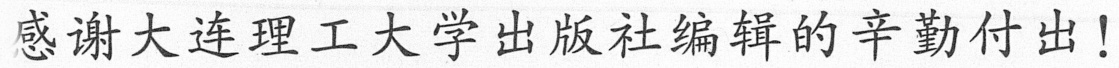
感谢大连理工大学出版社编辑的辛勤付出！